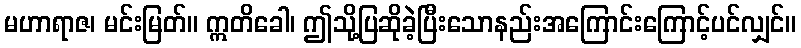
မဟာရာဇ၊ မင်းမြတ်။ ဣတိခေါ၊ ဤသို့ပြဆိုခဲ့ပြီးသောနည်းအကြောင်းကြောင့်ပင်လျှင်။